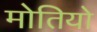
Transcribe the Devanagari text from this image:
मोतियो